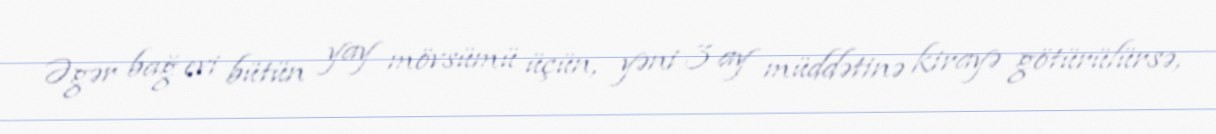
Əgər bağ evi bütün yay mövsümü üçün, yəni 3 ay müddətinə kirayə götürülürsə,